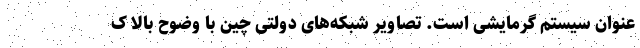
عنوان سیستم گرمایشی است. تصاویر شبکه‌های دولتی چین با وضوح بالا ک